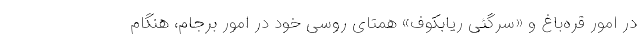
در امور قره‌باغ و «سرگئی ریابکوف» همتای روسی خود در امور برجام، هنگام